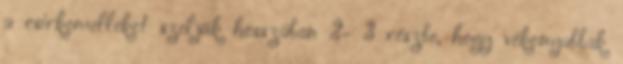
a csirkemelleket szeljük hosszában 2- 3 részbe, hogy vékonyabbak